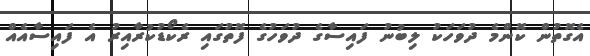
އެގޮތުން ކޮންމެ ދުވަހަކު ލިބުނު ފައިސާގެ ދުވަހުގެ ފޮތުގައި ރެކޯޑުކުރާއިރު އެ ފައިސާއެއް